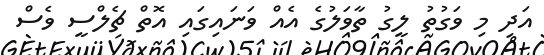
އަދި މި ވަގުތު ލީގު ތާވަލުގެ އެއް ވަނައިގައި އޮތް ޗެލްސީ ވެސް